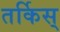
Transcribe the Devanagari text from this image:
तर्किस्